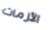
الأزمات